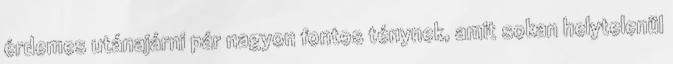
érdemes utánajárni pár nagyon fontos ténynek, amit sokan helytelenül